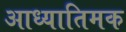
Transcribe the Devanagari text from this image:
आध्यातिमक